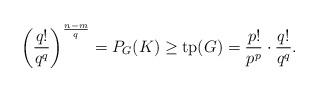
LaTeX: \begin{align*}\left(\frac{q!}{q^q}\right)^{\frac{n-m}{q}} = P_G(K) \geq \mathrm{tp}(G) = \frac{p!}{p^p} \cdot \frac{q!}{q^q}.\end{align*}